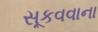
સૂકવવાના